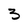
Character: 3